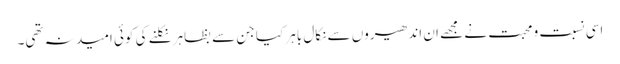
اسی نسبت و محبت نے مجھے ان اندھیروں سے نکال باہر کیا جن سے بظاہر نکلنے کی کوئی امید نہ تھی۔